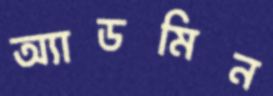
অ্যাডমিন